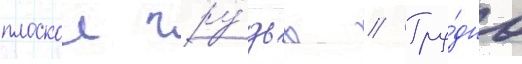
плоскои гру́дью // Тру́дно